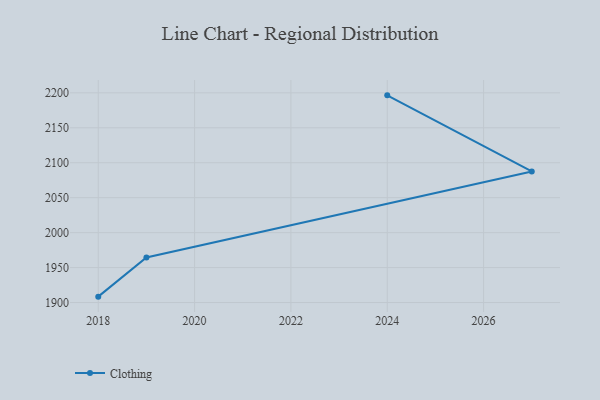
{"axis": {"x": "Year", "y": "Customer Acquisition Cost (USD)"}, "legend": ["Clothing"], "data": [{"x": "2018", "y": 1908.4, "type": "Clothing"}, {"x": "2019", "y": 1964.5, "type": "Clothing"}, {"x": "2027", "y": 2087.6, "type": "Clothing"}, {"x": "2024", "y": 2196.4, "type": "Clothing"}]}